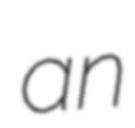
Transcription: an